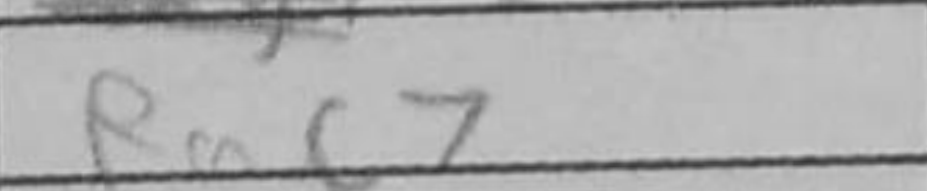
Transcription: Rac7